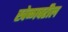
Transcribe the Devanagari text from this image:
खेळावरील